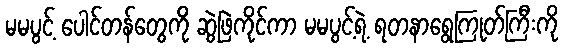
မမပွင့် ပေါင်တန်တွေကို ဆွဲဖြဲကိုင်ကာ မမပွင့်ရဲ့ ရတနာရွေကြုတ်ကြီးကို